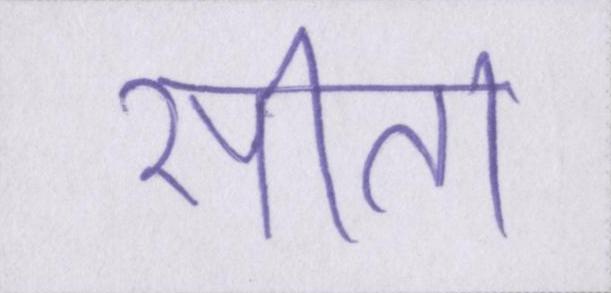
सीता